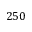
2 5 0